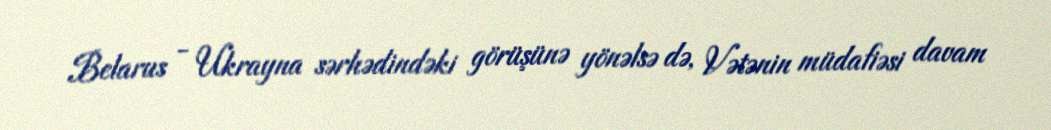
Belarus - Ukrayna sərhədindəki görüşünə yönəlsə də, Vətənin müdafiəsi davam